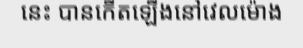
នេះ បានកើតឡើងនៅវេលម៉ោង